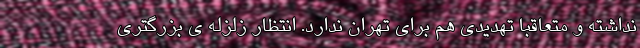
نداشته و متعاقبا تهدیدی هم برای تهران ندارد. انتظار زلزله ی بزرگتری